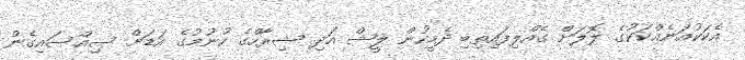
އެކަކުއަނެއްކަކުގެ ލޮލަށް ގެއްލިފައިތިބި ދެމީހުން ލީޝް އަދި ޝިރާހްގެ ހުނުމުގެ އަޑަށް ސިއްސައިގެން